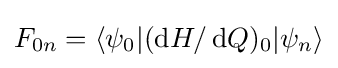
F_{0n}=\langle \psi _{0}|(\operatorname {d} \!H/\operatorname {d} \!Q)_{0}|\psi _{n}\rangle